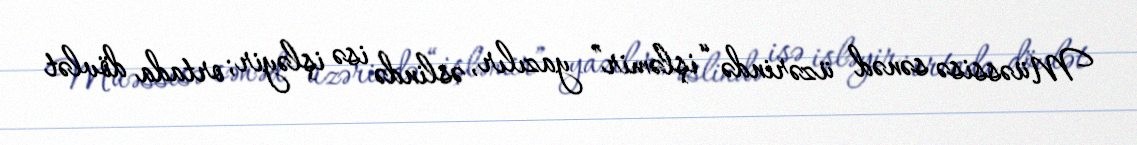
Müəssisə sənəd üzərində “işləmir” yazılır, əslində isə işləyir; ortada dövlət